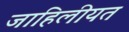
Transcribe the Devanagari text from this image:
जाहिलीयत